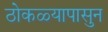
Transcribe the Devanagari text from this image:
ठोकळ्यापासुन